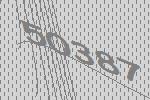
50387